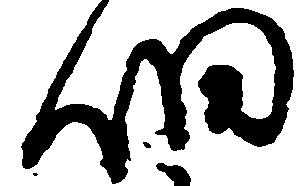
細